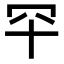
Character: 𦉲